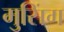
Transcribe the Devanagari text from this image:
मुसिंग